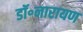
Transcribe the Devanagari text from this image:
डॉ॰नारायण